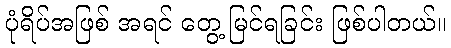
ပုံရိပ်အဖြစ် အရင် တွေ့ မြင်ရခြင်း ဖြစ်ပါတယ်။